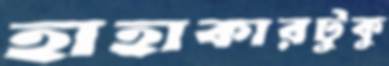
হাহাকারটুকু